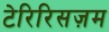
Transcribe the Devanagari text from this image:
टेरिरिसज़म